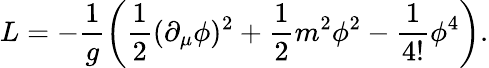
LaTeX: L=-\frac{1}{g}\left(\frac{1}{2}(\partial_{\mu}\phi)^{2}+\frac 12m^{2}\phi^{2}-\frac{1}{4!}\phi^{4}\right).